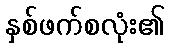
နှစ်ဖက်စလုံး၏